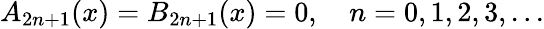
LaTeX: A_{2n+1}(x)=B_{2n+1}(x)=0,\quad n=0,1,2,3,...